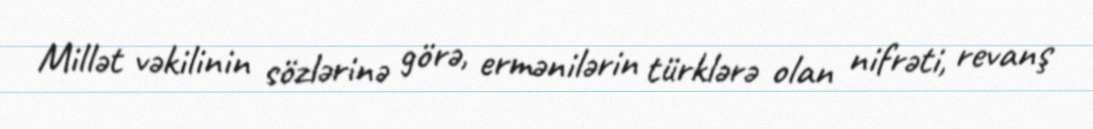
Millət vəkilinin sözlərinə görə, ermənilərin türklərə olan nifrəti, revanş